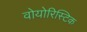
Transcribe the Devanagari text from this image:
वोयोरिस्टिक